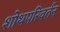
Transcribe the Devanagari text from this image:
शोथपरिवर्तन